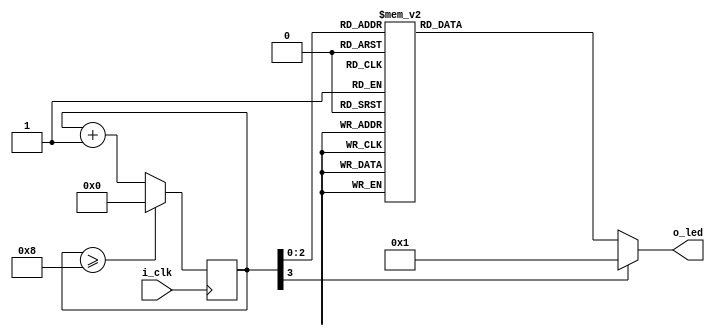
`default_nettype none

module led_walker(output reg [7:0] o_led, input wire i_clk);
	reg [3:0] led_index;

//	always @(posedge i_clk) begin
//		if (wait_counter == 0)
//			wait_counter <= CLK_RATE_HZ - 1;
//		else
//			wait_counter <= wait_counter - 1;
//	end

	always @(posedge i_clk) begin
		// if (wait_counter == 0)
		if (led_index >= 4'h8)
			led_index <= 0;
		else
			led_index <= led_index + 1'b1;
	end

	always @(*) begin
		case (led_index)
		4'h0: o_led = 8'h01;
		4'h1: o_led = 8'h02;
		4'h2: o_led = 8'h04;
		4'h3: o_led = 8'h08;
		4'h4: o_led = 8'h10;
		4'h5: o_led = 8'h20;
		4'h6: o_led = 8'h40;
		4'h7: o_led = 8'h80;
		default: o_led = 8'h01;
		endcase
	end

`ifdef FORMAL
	reg f_valid_output;

	always @(*)
		assert(led_index < 4'ha);

	always @(*) begin
		f_valid_output = 0;

		case (o_led)
		8'h01: f_valid_output = 1'b1;
		8'h02: f_valid_output = 1'b1;
		8'h04: f_valid_output = 1'b1;
		8'h08: f_valid_output = 1'b1;
		8'h10: f_valid_output = 1'b1;
		8'h20: f_valid_output = 1'b1;
		8'h40: f_valid_output = 1'b1;
		8'h80: f_valid_output = 1'b1;
		endcase

		assert(f_valid_output);
	end
`endif

endmodule